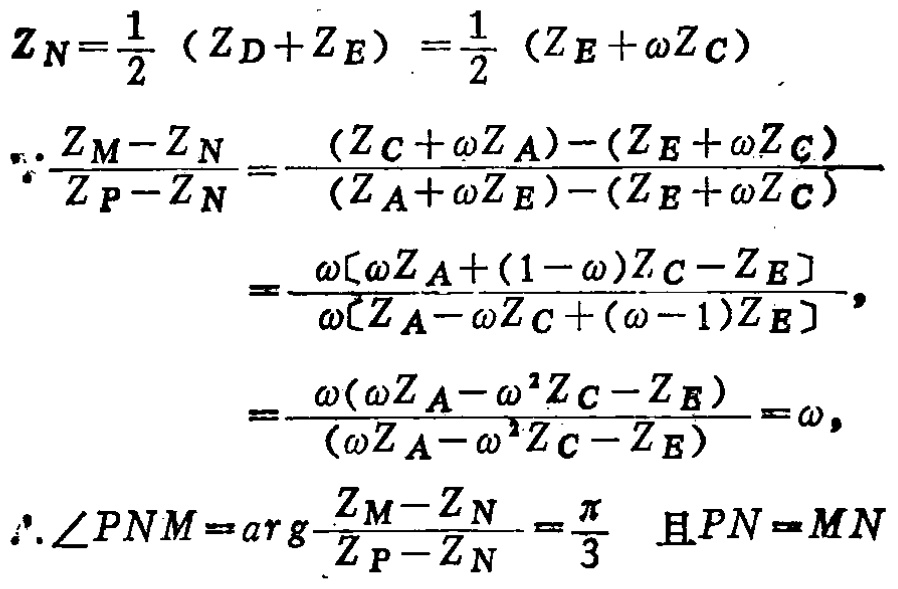
\[
\begin{align*}
Z_N&=\frac{1}{2}(Z_D + Z_E)=\frac{1}{2}(Z_E+\omega Z_C)\\
\therefore\frac{Z_M - Z_N}{Z_P - Z_N}&=\frac{(Z_C+\omega Z_A)-(Z_E+\omega Z_C)}{(Z_A+\omega Z_E)-(Z_E+\omega Z_C)}\\
&=\frac{\omega[\omega Z_A+(1 - \omega)Z_C - Z_E]}{\omega[Z_A-\omega Z_C+(\omega - 1)Z_E]}\\
&=\frac{\omega(\omega Z_A-\omega^2 Z_C - Z_E)}{(\omega Z_A-\omega^2 Z_C - Z_E)}=\omega,\\
\therefore\angle PNM&=\arg\frac{Z_M - Z_N}{Z_P - Z_N}=\frac{\pi}{3}\quad\text{且}PN = MN
\end{align*}
\]